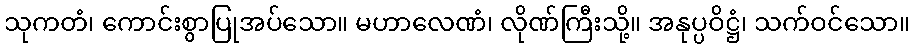
သုကတံ၊ ကောင်းစွာပြုအပ်သော။ မဟာလေဏံ၊ လိုဏ်ကြီးသို့။ အနုပ္ပဝိဋ္ဌံ၊ သက်ဝင်သော။